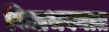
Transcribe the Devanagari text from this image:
विद्याभवनात